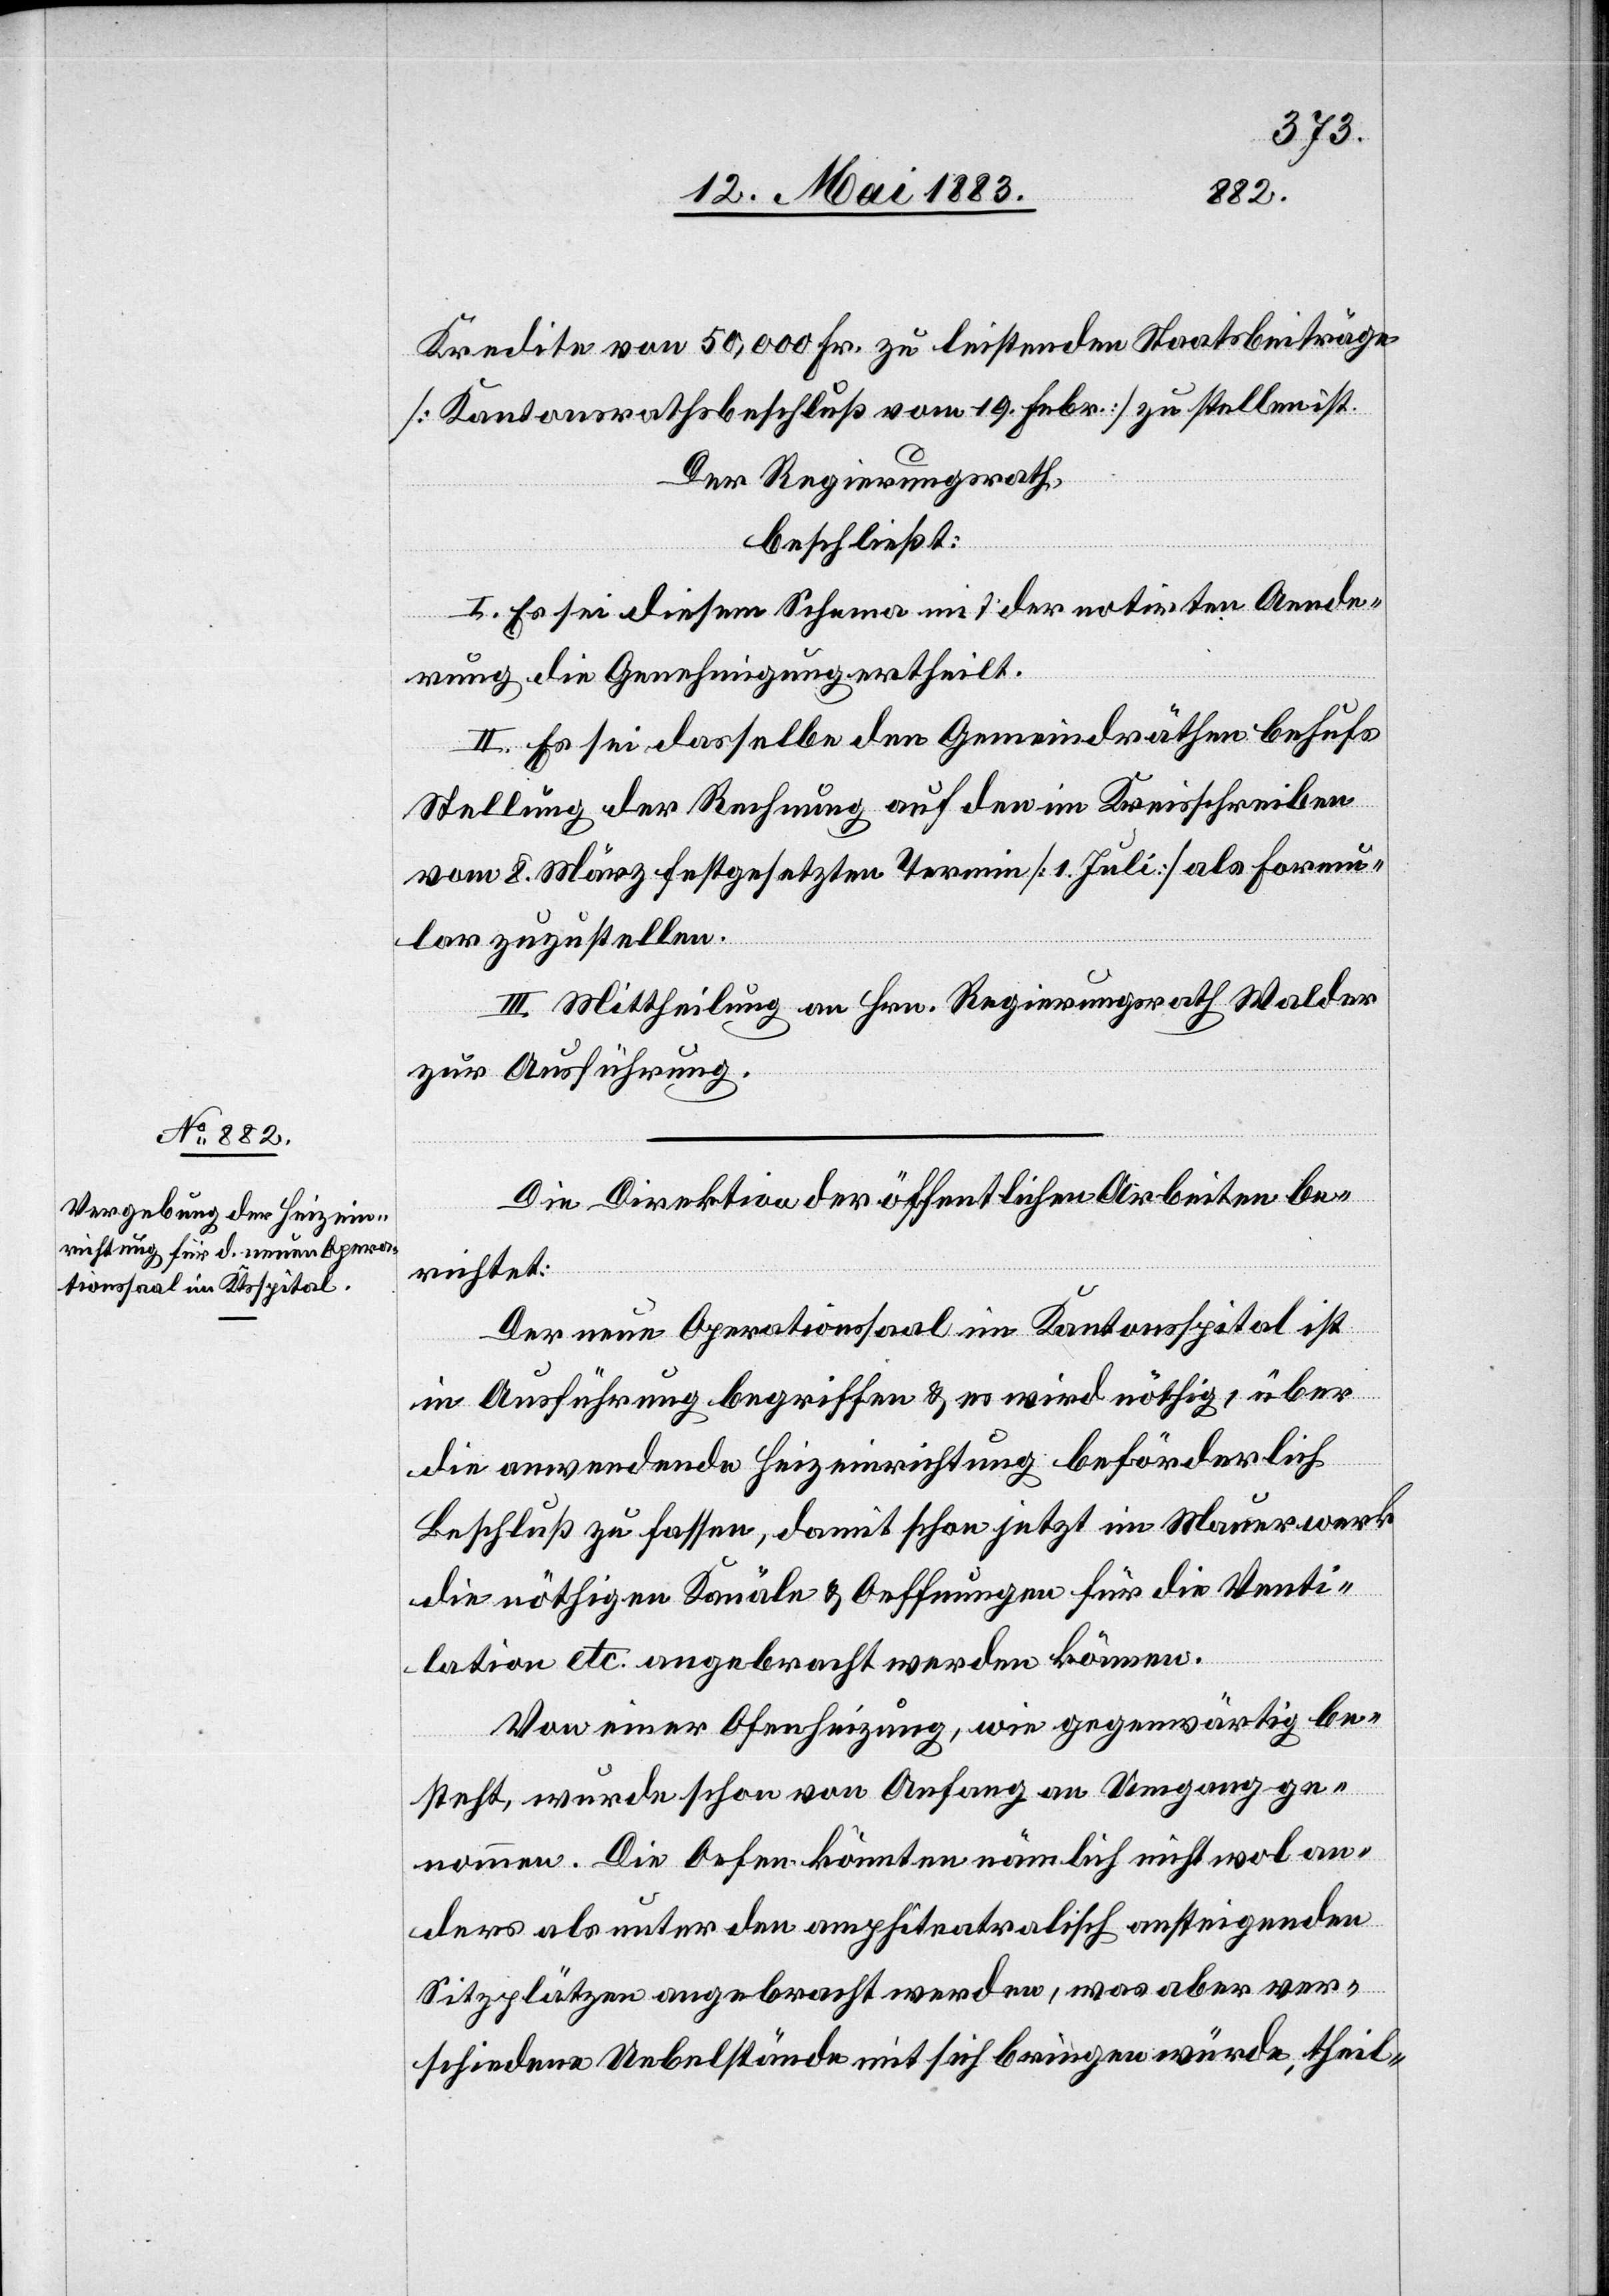
Kredite von 50,000 Fr. zu leistenden Staatsbeiträge
[Kantonsrathsbeschluß vom 19. Febr.] zu stellen ist.
Der Regierungsrath,
beschließt:
I. Es sei diesem Schema mit der notirten Aende¬
rung die Genehmigung ertheilt.
II. Es sei dasselbe den Gemeindräthen behufs
Stellung der Rechnung auf den im Kreisschreiben
vom 8. März festgesetzten Termin [1. Juli] als Formu¬
lar zuzustellen.
III. Mittheilung an Hrn. Regierungsrath Walder
zur Ausführung.
Die Direktion der öffentlichen Arbeiten be¬
richtet:
Der neue Operationssaal im Kantonsspital ist
in Ausführung begriffen & es wird nöthig, über
die anwendende Heizeinrichtung beförderlich
Beschluß zu fassen, damit schon jetzt im Mauerwerk
die nöthigen Kanäle & Oeffnungen für die Venti¬
lation etc. angebracht werden können.
Von einer Ofenheizung, wie gegenwärtig be¬
steht, wurde schon von Anfang an Umgang ge¬
nommen. Die Oefen könnten nämlich nicht wol an¬
ders als unter den amphiteatralisch ansteigenden
Sitzplätzen angebracht werden, was aber ver¬
schiedene Uebelstände mit sich bringen würde, theil-